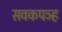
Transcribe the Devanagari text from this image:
सवकपञ्ह